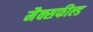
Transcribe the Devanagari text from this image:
मैक्सफील्ड